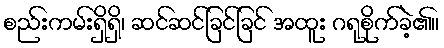
စည်းကမ်းရှိရှိ၊ ဆင်ဆင်ခြင်ခြင် အထူး ဂရုစိုက်ခဲ့၏။